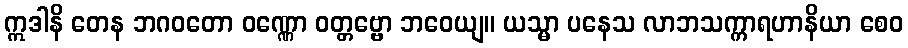
ဣဒါနိ တေန ဘဂဝတော ဝဏ္ဏော ဝတ္တဗ္ဗော ဘဝေယျ။ ယသ္မာ ပနေသ လာဘသက္ကာရဟာနိယာ စေဝ